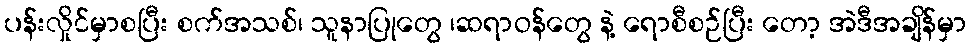
ပန်းလှိုင်မှာစပြီး စက်အသစ်၊ သူနာပြုတွေ ၊ဆရာဝန်တွေ နဲ့ ရောစီစဉ်ပြီး တော့ အဲဒီအချိန်မှာ